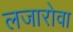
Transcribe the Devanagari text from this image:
लजारोवा